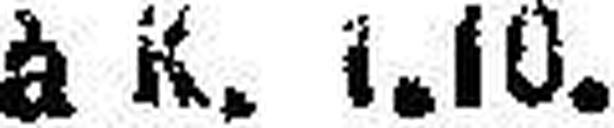
à k. I.10.